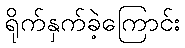
ရိုက်နှက်ခဲ့ကြောင်း